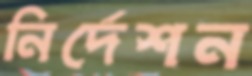
নির্দেশন